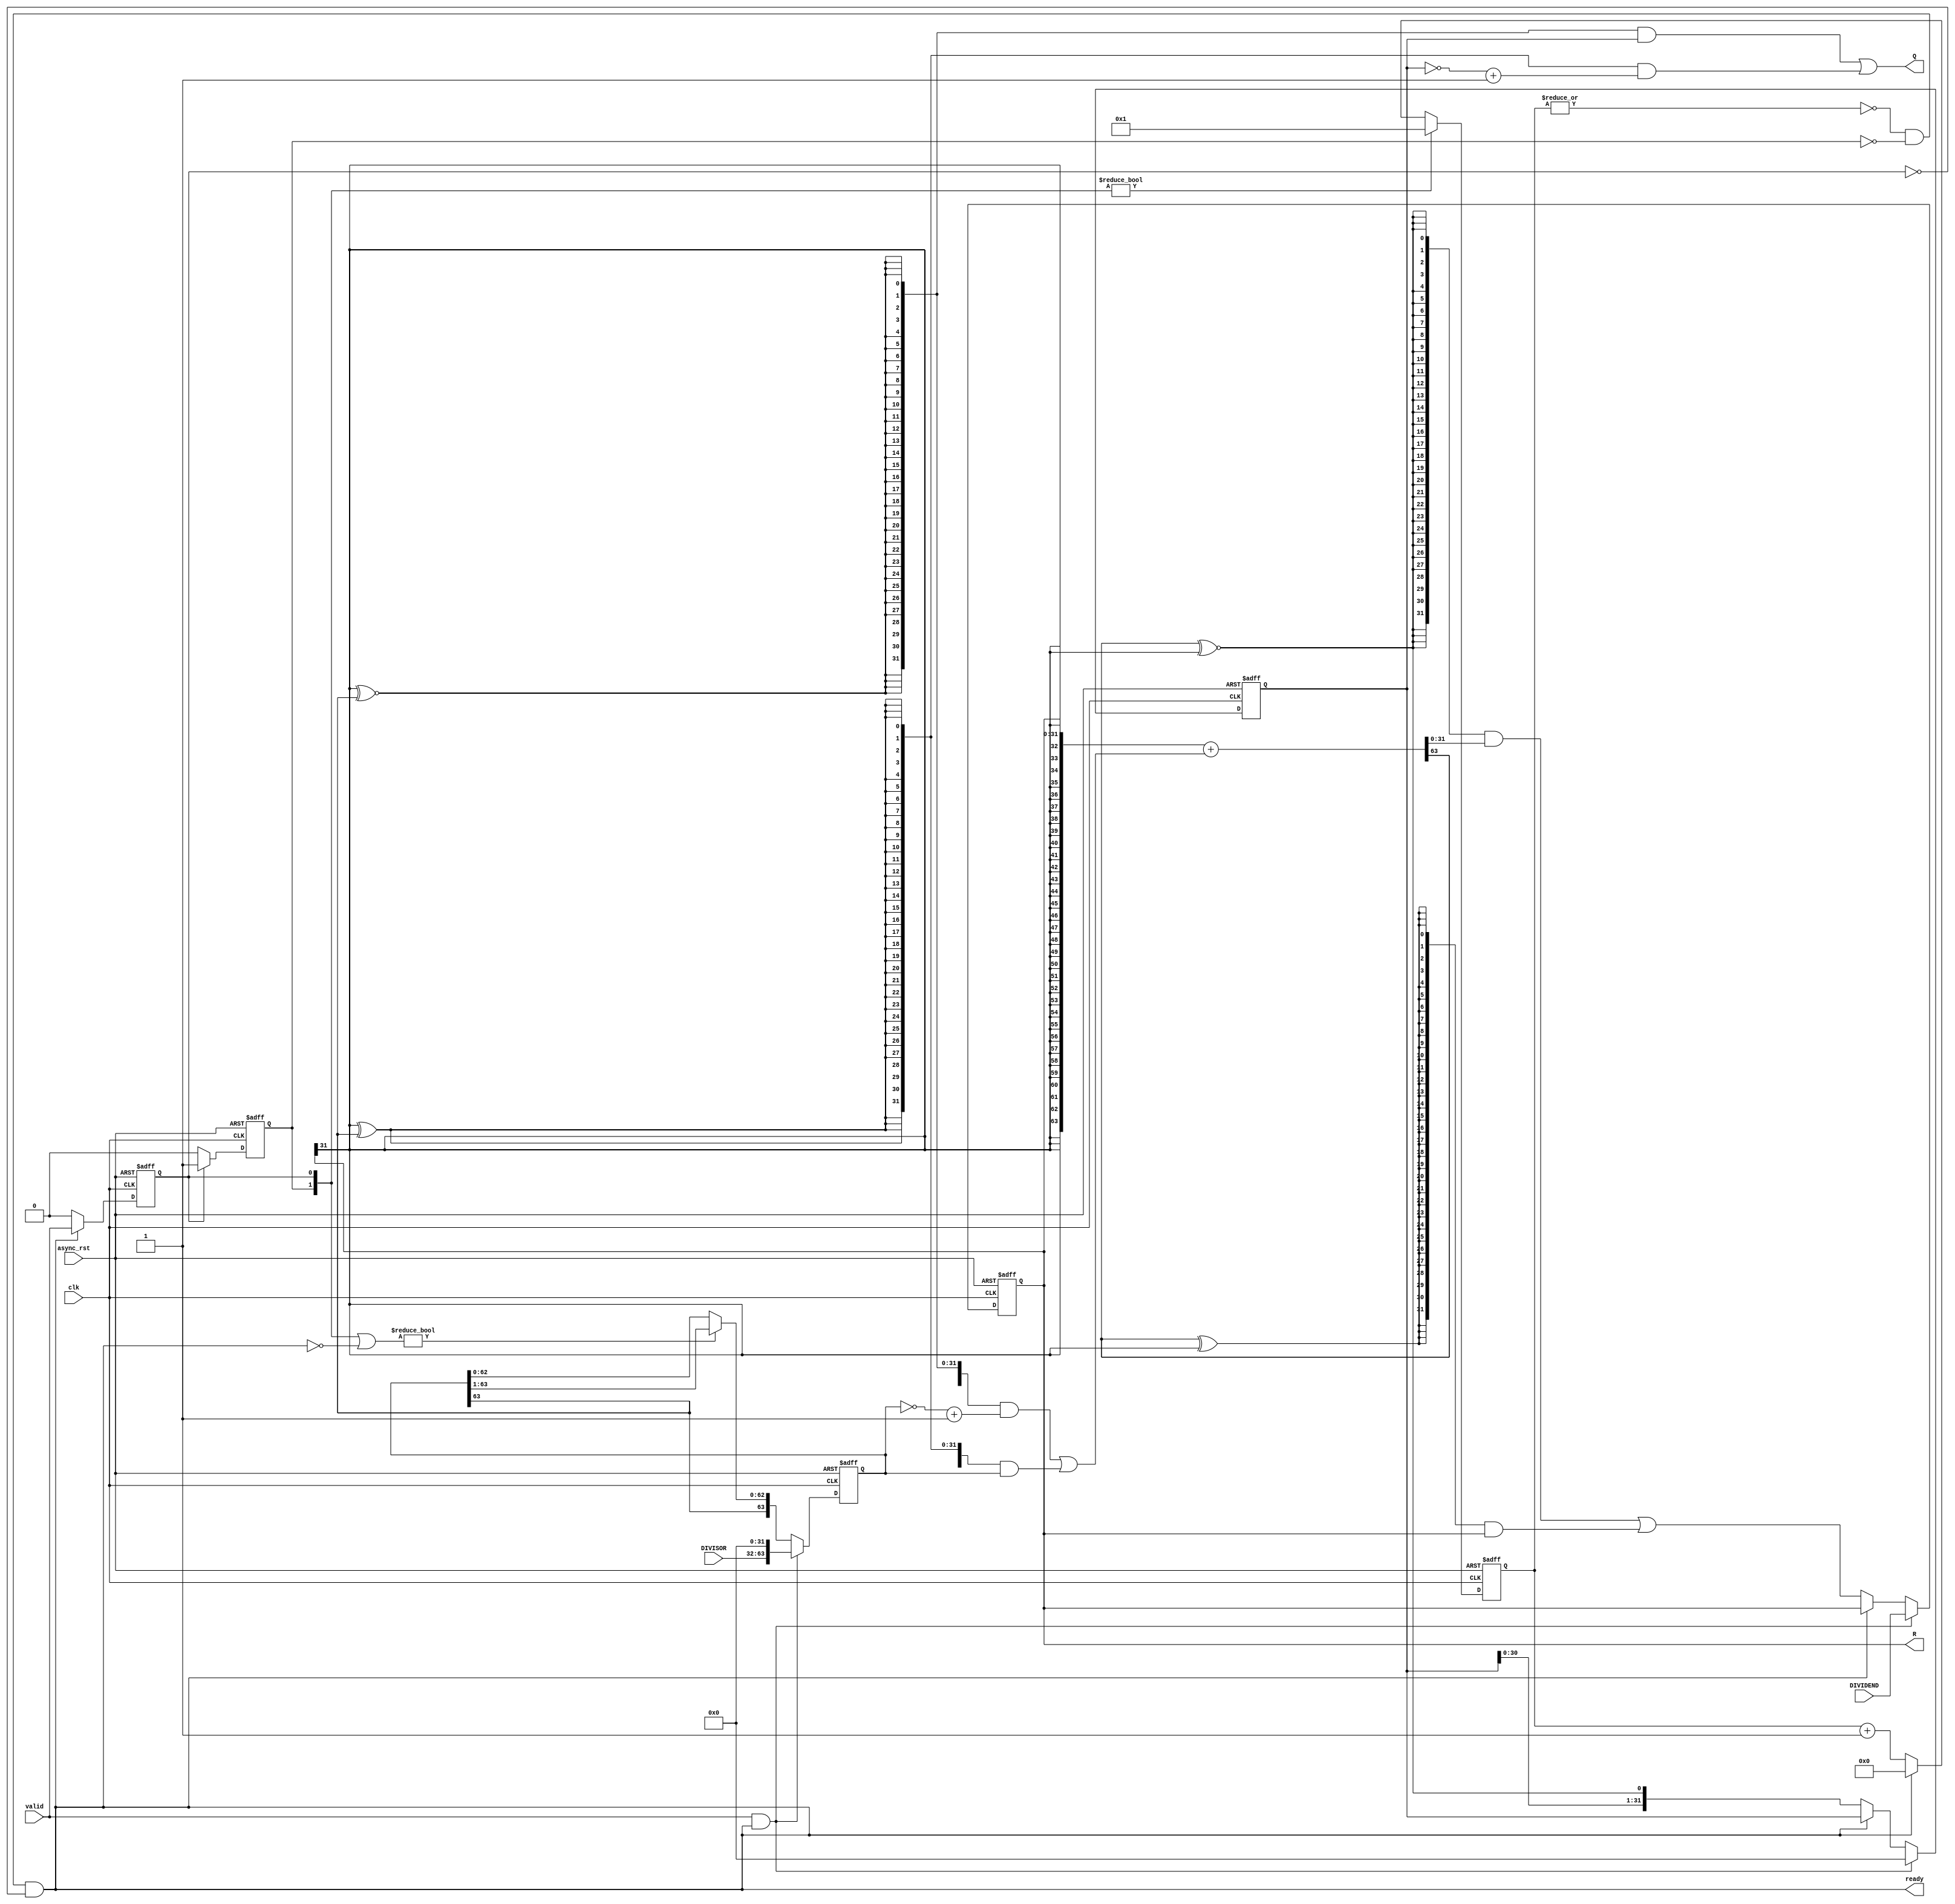
module divider32
    (
        input wire clk,
        input wire async_rst,
        input wire valid,
        input wire [31:0] DIVIDEND,
        input wire [31:0] DIVISOR,
        output wire [31:0] Q,
        output wire [31:0] R,
        output wire ready
    );

    // load and initialize DIVISOR; right-shift 1bit/cycle
    reg [63:0] DIVISOR_reg;
    always @(posedge clk or posedge async_rst)
        if(async_rst)
            DIVISOR_reg<=64'b0;
        else if(valid&ready)
            DIVISOR_reg<={DIVISOR,32'b0};
        else if(start|(~ready))
            DIVISOR_reg<={DIVISOR_reg[63],DIVISOR_reg[63:1]};
        else
            DIVISOR_reg<=DIVISOR_reg;

    // load DIVIDEND; add (-DIVISOR) or not
    reg [31:0] DIVIDEND_reg;
    wire [63:0] PARTSUM;
    always @(posedge clk or posedge async_rst)
        if(async_rst)
            DIVIDEND_reg<=32'b0;
        else if(valid&ready)
            DIVIDEND_reg<=DIVIDEND;
        else if(~ready)
            DIVIDEND_reg<=  {64{PARTSUM[63]^~DIVIDEND_reg[31]}}&PARTSUM|
                            {64{PARTSUM[63]^DIVIDEND_reg[31]}}&DIVIDEND_reg;
        else
            DIVIDEND_reg<=DIVIDEND_reg;

    // calculate PARTSUM
    wire [63:0] DIVISOR_op;
    assign DIVISOR_op=  {64{DIVIDEND_reg[31]^~DIVISOR_reg[63]}}&(~DIVISOR_reg+64'b1)|
                        {64{DIVIDEND_reg[31]^DIVISOR_reg[63]}}&(DIVISOR_reg);

    wire [63:0] DIVIDEND_ext;
    assign DIVIDEND_ext={DIVIDEND_reg[31],DIVIDEND_reg[31],DIVIDEND_reg[31],DIVIDEND_reg[31],
    DIVIDEND_reg[31],DIVIDEND_reg[31],DIVIDEND_reg[31],DIVIDEND_reg[31],
    DIVIDEND_reg[31],DIVIDEND_reg[31],DIVIDEND_reg[31],DIVIDEND_reg[31],
    DIVIDEND_reg[31],DIVIDEND_reg[31],DIVIDEND_reg[31],DIVIDEND_reg[31],
    DIVIDEND_reg[31],DIVIDEND_reg[31],DIVIDEND_reg[31],DIVIDEND_reg[31],
    DIVIDEND_reg[31],DIVIDEND_reg[31],DIVIDEND_reg[31],DIVIDEND_reg[31],
    DIVIDEND_reg[31],DIVIDEND_reg[31],DIVIDEND_reg[31],DIVIDEND_reg[31],
    DIVIDEND_reg[31],DIVIDEND_reg[31],DIVIDEND_reg[31],DIVIDEND_reg[31],
    DIVIDEND_reg};

    assign PARTSUM=DIVIDEND_ext+DIVISOR_op;

    assign R=DIVIDEND_reg;

    // calculate Q 
    reg [31:0] Q_reg;
    always @(posedge clk or posedge async_rst)
        if(async_rst)
            Q_reg<=32'b0;
        else if(valid&ready)
            Q_reg<=32'b0;
        else if(~ready)
            Q_reg<={Q_reg[30:0],PARTSUM[63]^~DIVIDEND_reg[31]};
        else
            Q_reg<=Q_reg;

    assign Q=   {32{DIVISOR_reg[63]^~DIVIDEND_reg[31]}}&Q_reg|
                {32{DIVISOR_reg[63]^DIVIDEND_reg[31]}}&(~Q_reg+32'b1);

    // count
    reg [1:0] start;
    always @(posedge clk or posedge async_rst)
        if(async_rst)
            start[0]<=0;
        else if(ready)
            start[0]<=valid;
        else
            start[0]<=0;
    always @(posedge clk or posedge async_rst)
        if(async_rst)
            start[1]<=0;
        else if(start[0])
            start[1]<=1;
        else
            start[1]<=0;

    reg [4:0] count;
    always @(posedge clk or posedge async_rst)
        if(async_rst)
            count<=5'b0;
        else if(start)
            count<=5'b1;
        else if(ready)
            count<=5'b0;
        else
            count<=count+5'b1;

    assign ready=(~|count)&(~start[1])&(~start[0]);
endmodule